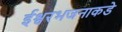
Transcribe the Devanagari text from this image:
ईश्वरभजनाकडे